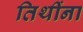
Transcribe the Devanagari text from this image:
तिथींना